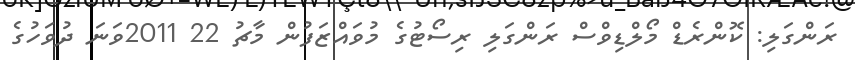
ރަންގަލި: ކޮންރެޑް މޯލްޑިވްސް ރަންގަލި ރިސޯޓުގެ މުވައްޒަފުން މާޗު 22 2011ވަނަ ދުވަހުގެ